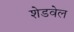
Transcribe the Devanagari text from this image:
शेडवेल